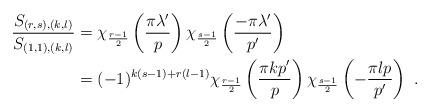
LaTeX: \begin{align*}\begin{aligned}\frac{S_{(r,s),(k,l)}}{S_{(1,1),(k,l)}}&=\chi_{\frac{r-1}{2}}\left(\frac{\pi\lambda^{\prime}}{p}\right)\chi_{\frac{s-1}{2}}\left(\frac{-\pi\lambda^{\prime}}{p'}\right)\\&=(-1)^{k(s-1)+r(l-1)}\chi_{\frac{r-1}{2}}\left(\frac{\pi kp'}{p}\right)\chi_{\frac{s-1}{2}}\left(-\frac{\pi lp}{p'}\right)\ .\\\end{aligned}\end{align*}